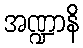
အဏ္ဍာနိ